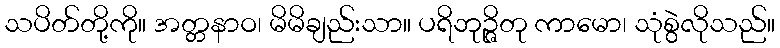
သပိတ်တို့ကို။ အတ္တနာဝ၊ မိမိချည်းသာ။ ပရိဘုဉ္ဇိတု ကာမော၊ သုံစွဲလိုသည်။